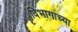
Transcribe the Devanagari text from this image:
विभागाच्‍या